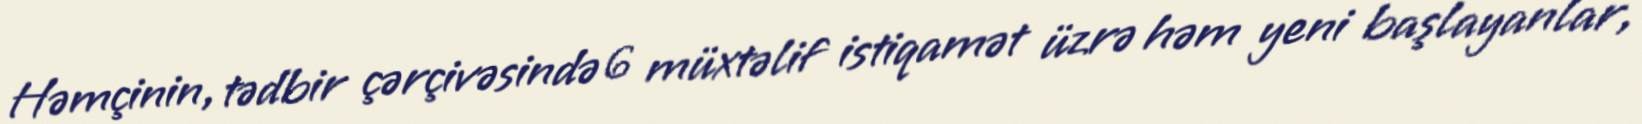
Həmçinin, tədbir çərçivəsində 6 müxtəlif istiqamət üzrə həm yeni başlayanlar,